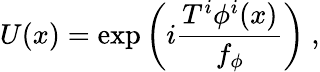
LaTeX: U(x)=\exp\left(i\frac{T^{i}\phi^{i}(x)}{f_{\phi}}\right)~,